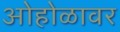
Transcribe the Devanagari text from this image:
ओहोळावर